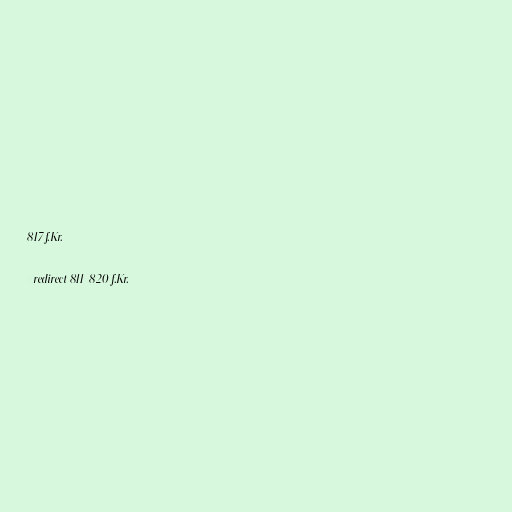
817 f.Kr.

#redirect 811-820 f.Kr.